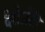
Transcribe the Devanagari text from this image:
देशेऽस्ति